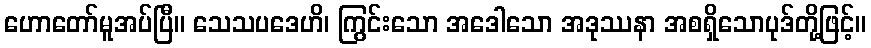
ဟောတော်မူအပ်ပြီ။ သေသပဒေဟိ၊ ကြွင်းသော အဒေါသော အဒုဿနာ အစရှိသောပုဒ်တို့ဖြင့်။